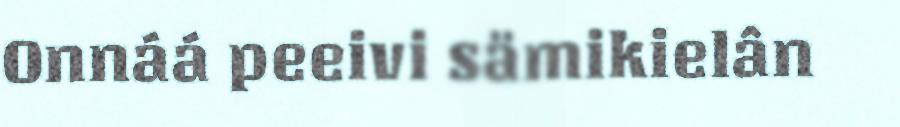
Onnáá peeivi sämikielân